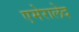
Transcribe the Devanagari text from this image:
एमेरालेद